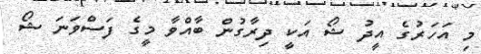
މި އަހަރުގެ އީދު ޝޯ އަކީ ދިރާގުން ބާއްވާ މީގެ ފަސްވަނަ ޝޯ